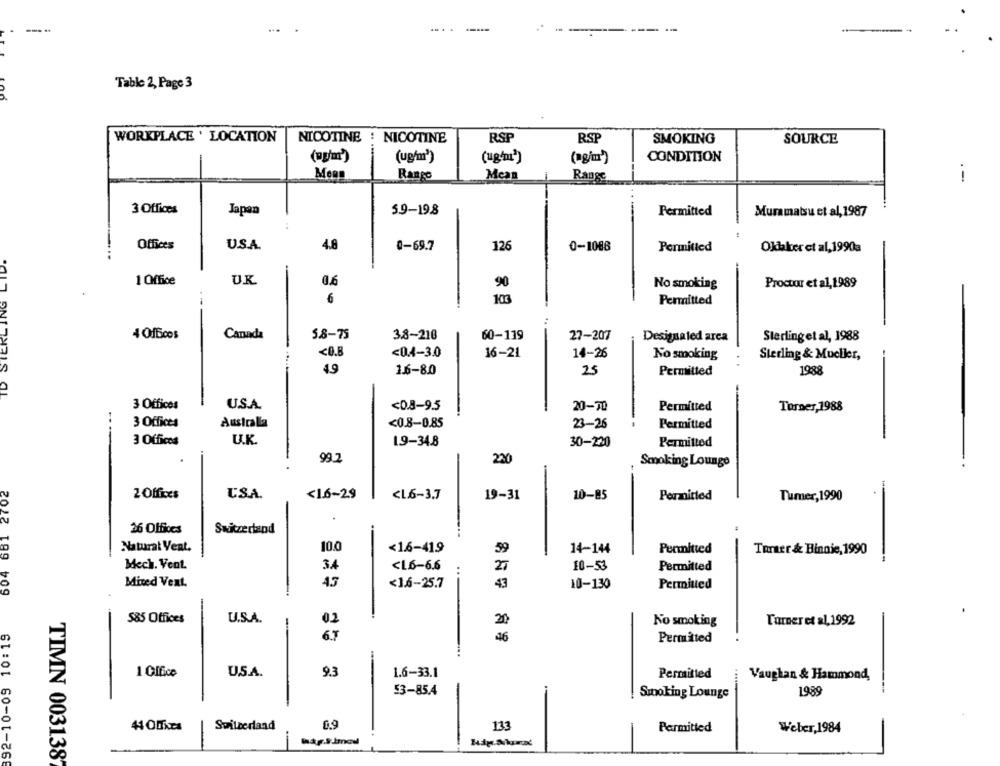
---
....
Table 2, Page 3
WORKPLACE ' LOCATION
NICOTINE
NICOTINE
RSP
RSP
SOURCE
SMOKING
(wg'm')
(ug/m3)
(ug'nı")
(agim')
CONDITION
Rango
Mean
Range
. -
3 Offices
Japan
59-19.8
Permitted
Muramatsu et al, 1987
Offices
U.S.A.
4.8
0-69.7
TD STERLING LID.
126
0-1088
Permitted
Oldaker et al,1990a
1 Office
U.K
0,6
90
Proctor et al, 1989
No smoking
6
103
Permitted
4 Ofbicos
Canada
5.8-75
3.8-210
60-119
27-207
Desigualed arca
Sterlinget al, 1988
<0.4-3.0
16-21
14-26
<0.B
No smoking
Sterling & Mueller,
..
4.9
1.6-8.0
25
Permitted
1988
3 Offices
U.S.A
<0.8-9.5
20-70
Permitted
Torner,1988
3 Offices
Australla
<0.8-0.85
23-26
Permitted
3 Offices
U.K
1.9-34.8
30-220
Permitted
99.7
230
Smoking Lounge
604 681 2702
-
2 Offices
USA.
<1.6-29
<L.6-3.7
19-31
10-85
Permitted
Tumer,1990
26 Offices
Switzerland
Natural Veat.
10.0
<1.6-419
59
14-144
Permitted
Turer & Hinnie, 1990
--
Mech. Vent.
34
<L6-6.6
27
10-53
Permitted
..
Mited Vext.
45
<1.6-25.7
43
10-130
Permitted
585 Offices
U.S.A
0.2
Turner et al, 1992
892-10-09 10:19
-
20
No smoking
6.7
46
Permited
1 Glfce
U.S.A.
1.6-33.1
Permitted
Vaughan & Hammond,
53-85.4
Smoking Lounge
1989
41 ODkcs
Switzerland
0.9
133
Permitted
Weber, 1984
TIMN 0031387